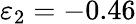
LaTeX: \varepsilon_{2}=-0.46